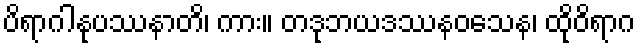
ပိရာဂါနုပဿနာတိ၊ ကား။ တဒုဘယဒဿနဝသေန၊ ထိုဝိရာဂ